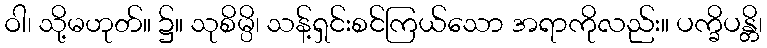
ဝါ၊ သို့မဟုတ်။ ၌။ သုစိမ္ပိ၊ သန့်ရှင်းစင်ကြယ်သော အရာကိုလည်း။ ပက္ခိပန္တိ၊